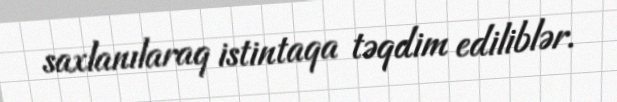
saxlanılaraq istintaqa təqdim ediliblər.